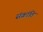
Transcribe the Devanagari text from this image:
संक्रांति